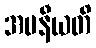
အပနီယတိ